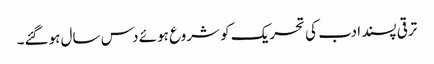
ترقی پسند ادب کی تحریک کو شروع ہوئے دس سال ہوگئے۔